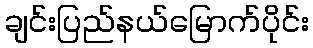
ချင်းပြည်နယ်မြောက်ပိုင်း